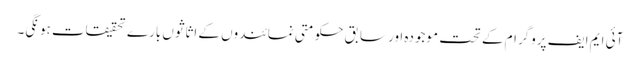
آئی ایم ایف پروگرام کے تحت موجودہ اور سابق حکومتی نمائندوں کے اثاثوں بارے تحقیقات ہونگی۔